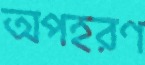
অপহরণ